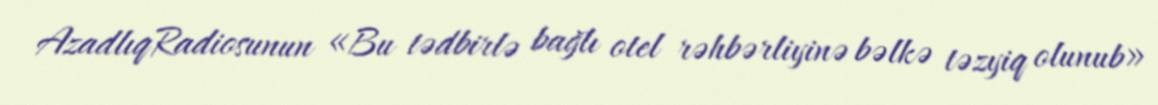
AzadlıqRadiosunun «Bu tədbirlə bağlı otel rəhbərliyinə bəlkə təzyiq olunub»